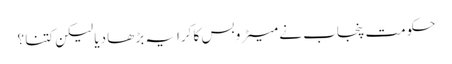
حکومت پنجاب نے میٹرو بس کا کرایہ بڑھا دیا لیکن کتنا ؟